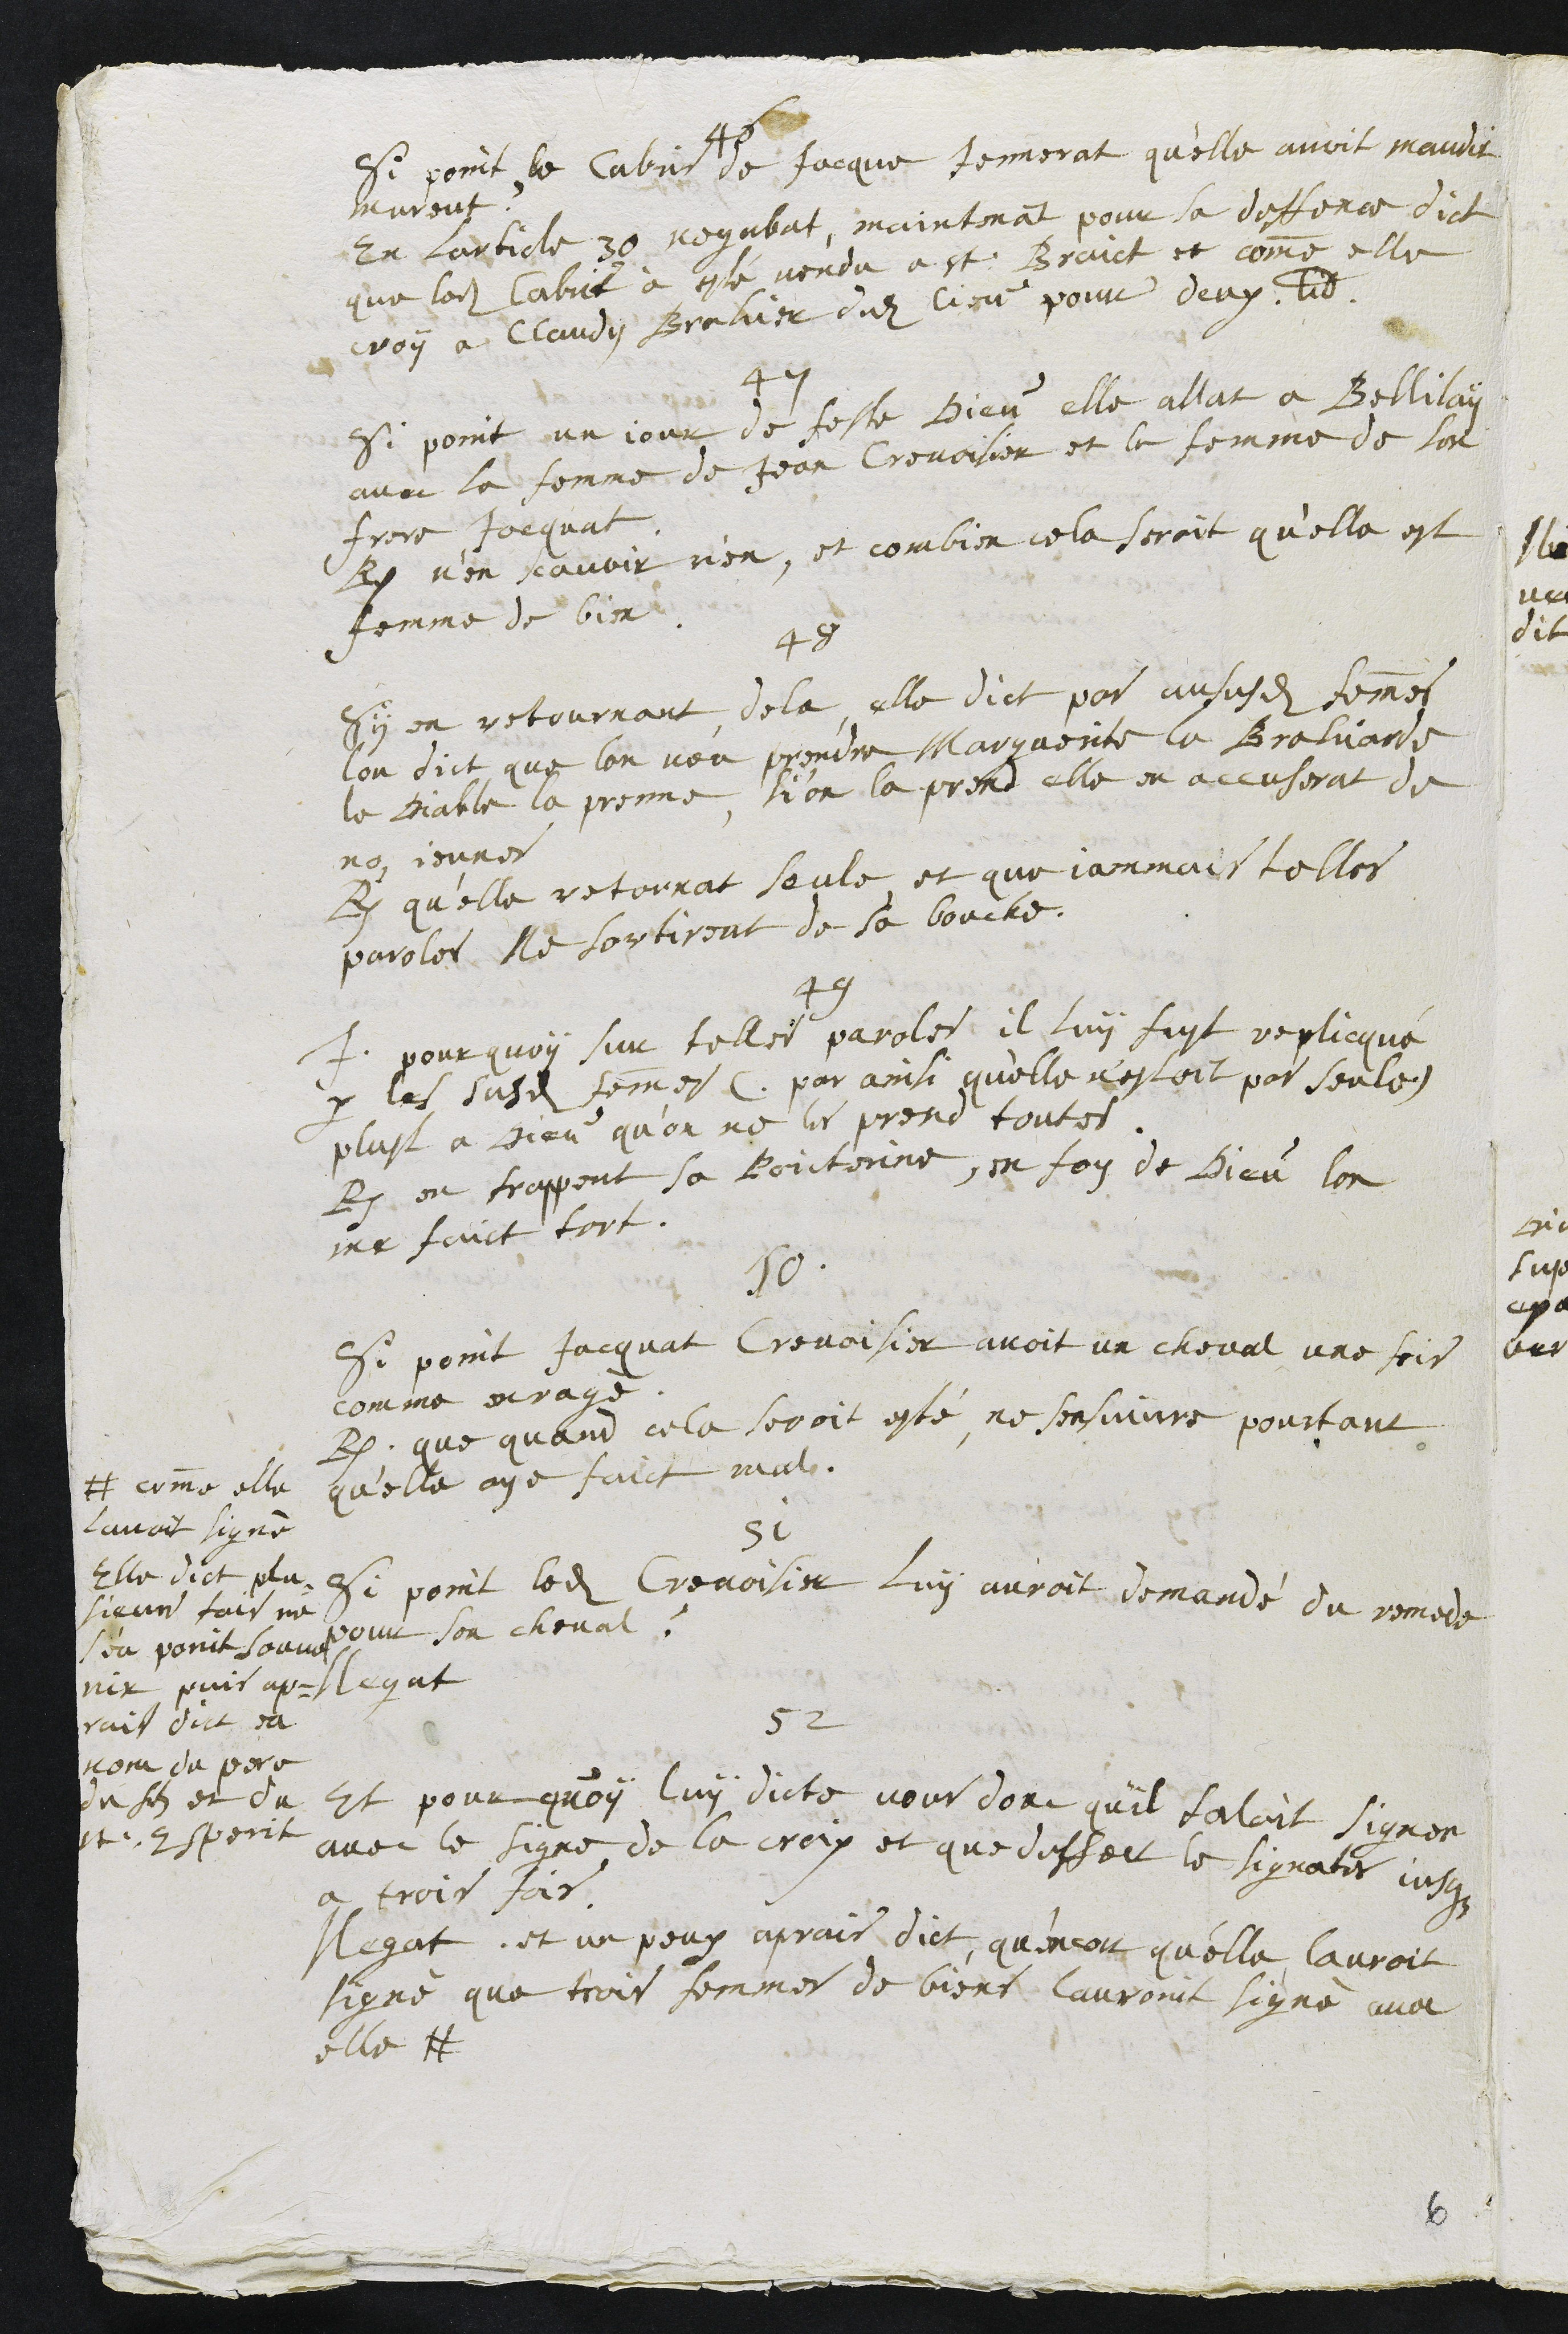
46
Si point le Cabris de Jacque Jennerat qu'elle avoit maudit
moreut ?
En larticle 30 Negabat, maintenant pour sa deffence dict
que ledit Cabrit à esté vendu a St Braict et comme elle
croy a Claudy Brahier dudit lieu pour deux livres
47
Si point un jour de feste dieu elle allat a Bellilay
avec la femme de Jean Crevoisier et la femme de son
frere Jacquat
R. n'en scavoir rien, et combien cela seroit qu’elle est
femme de bien
48
Sy en retournant de la, elle dict pas aususdites femmes
lon dict que lon veu prendre Marguerite la Brahiarde
le diable la prenne, si on la prend elle en accuserat de
nos jeunes
R. qu'elle retornat seule et que jammais telles
paroles Ne sortirent de sa bouche
49
I. pour quoy sur telles paroles il luy fust replicqué
par les susdites femmes (par ainsi qu'elle n’estoit pas seule)
plust a Dieu qu'on ne le prend toutes.
R. en frappant sa Poicterine, en foy de Dieu lon
me faict tort.
50
Si point Jacquat Crevoisier avoit un cheval une fois
comme enragé.
R. que quand cela seroit esté, ne sensuivre pourtant
qu'elle aye faict mal.
51
Si point ledit Crevoisier luy auroit demandé du remede
pour son cheval ?
Negat
52
Et pour quoy luy dicte nous donc quil faloit signer
avec le signe de la croix et que deffert le signats jusques
a trois fois
Negat, et un peux aprais dict, qu'encort qu'elle lauroit
signé que trois femme de biens lauroint signé avec
elle #
# comme elle
lavoit signé
Elle dict plu¬
sieur fois ne
s'en point souve
nir puis ap¬
rais dict sa
nom du pere
du fils et du
st Esperit
6